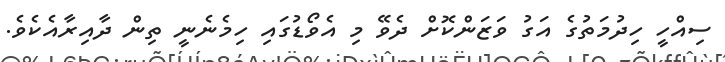
ސިއްހީ ހިދުމަތުގެ އަގު ވަޒަންކޮށް ދެވޭ މި އެވޯޑުގައި ހިމެނެނީ ތިން ދާއިރާއެކެވެ.